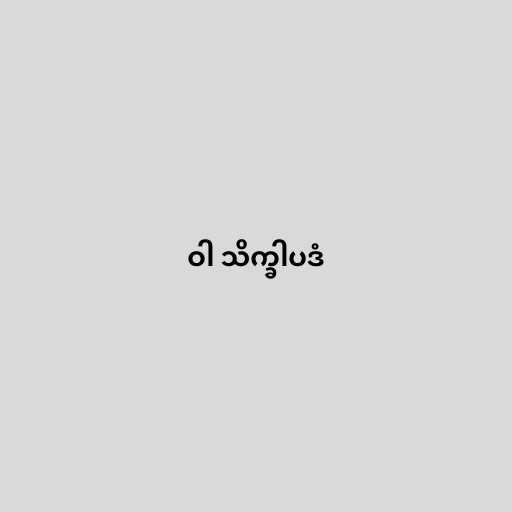
ဝါ သိက္ခါပဒံ